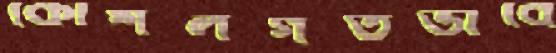
কৌশলগতভাবে